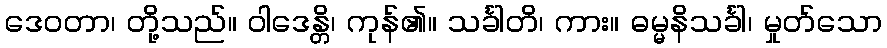
ဒေဝတာ၊ တို့သည်။ ဝါဒေန္တိ၊ ကုန်၏။ သင်္ခါတိ၊ ကား။ ဓမ္မနိသင်္ခါ၊ မှုတ်သော